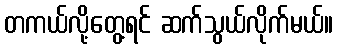
တကယ်လို့တွေ့ရင် ဆက်သွယ်လိုက်မယ်။